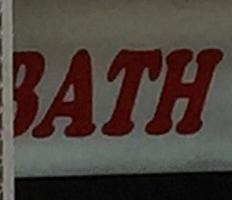
bath